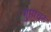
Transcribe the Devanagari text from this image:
गुप्ताचर